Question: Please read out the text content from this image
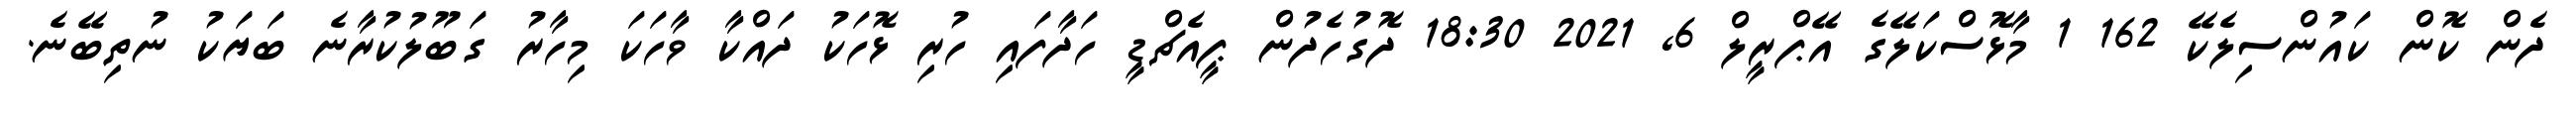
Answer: ދެން ކޮން ކައުންސިލެކޭ 162 1 މާޅޮސްކަލޭގެ އޭޕްރީލް 6, 2021 18:30 ދޮގުހެދުން ޕީއެޗްޑީ ހަދާފައި ހުރި ޅޮހަކު ދައްކާ ވާހަކަ މިހާރު ގަބޫލުކުރާނެ ބަޔަކު ނުތިބޭނެ.